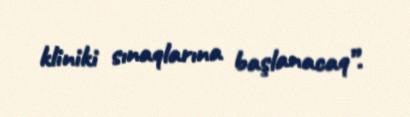
kliniki sınaqlarına başlanacaq”.